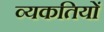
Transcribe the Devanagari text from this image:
व्यकतियों